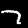
Digit: 7